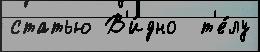
статью В'и́дно  т'е́лу